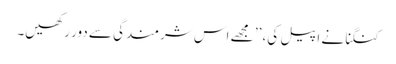
کنگنا نے اپیل کی، ’’ مجھے اس شرمندگی سے دور رکھیں۔